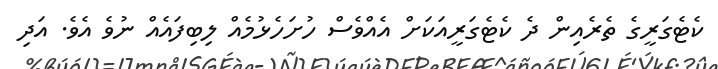
ކެޓެގަރީގެ ތެރެއިން ދެ ކެޓެގަރީއަކަށް އެއްވެސް ހުށަހެޅުމެއް ލިބިފައެއް ނުވެ އެވެ. އަދި